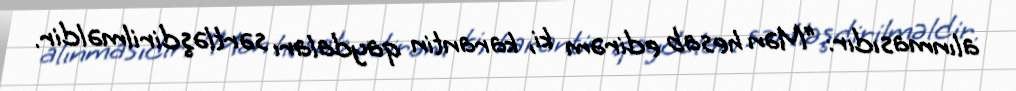
alınmasıdır: “Mən hesab edirəm ki, karantin qaydaları sərtləşdirilməldir.